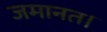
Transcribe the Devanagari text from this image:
जमानत।